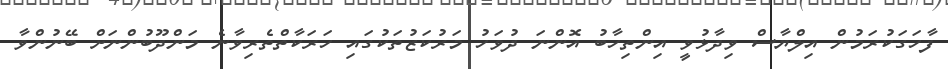
ފާހަގަކުރަމުން އިލްޔާސް ވިދާޅުވީ އިންތިހާބު އޮންނަ ދުވަހު މަރުކަޒުތަކުގައި ހަރަކާތްތެރިވާނެ މަންދޫބުންނަށް ބޭނުންވާ